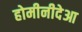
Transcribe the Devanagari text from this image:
होमीनीदेआ